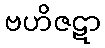
ဗဟိဇဋာ